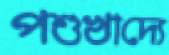
পশুখাদ্যে